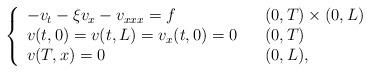
\begin{align*}\left\{\begin{array}[c]{lll}-v_{t}- \xi v _{x}-v_{xxx}=f & & ( 0,T)\times( 0,L) \\v( t,0) =v( t,L) =v_{x}( t,0) =0 & &( 0,T) \\v( T,x) =0 & & ( 0,L) ,\end{array}\right. \end{align*}